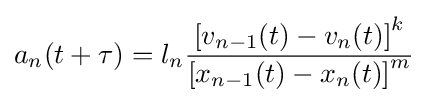
a_{n}(t+\tau )=l_{n}{\frac {\left[v_{n-1}(t)-v_{n}(t)\right]^{k}}{\left[x_{n-1}(t)-x_{n}(t)\right]^{m}}}